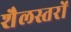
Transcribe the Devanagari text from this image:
शैलस्तरों